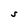
Character: S